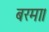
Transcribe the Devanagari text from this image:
बरमा।